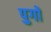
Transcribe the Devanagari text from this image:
पुगों